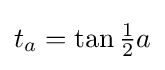
t_{a}=\tan {\tfrac {1}{2}}a